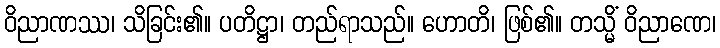
ဝိညာဏဿ၊ သိခြင်း၏။ ပတိဋ္ဌာ၊ တည်ရာသည်။ ဟောတိ၊ ဖြစ်၏။ တသ္မိံ ဝိညာဏေ၊